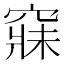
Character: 𥧌